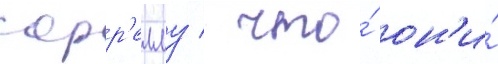
сорр'еллу / что́ он'и́